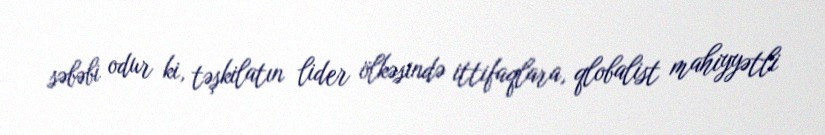
səbəbi odur ki, təşkilatın lider ölkəsində ittifaqlara, qlobalist mahiyyətli